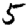
Digit: 5